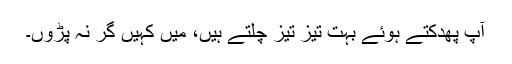
آپ پھدکتے ہوئے بہت تیز تیز چلتے ہیں، میں کہیں گر نہ پڑوں۔